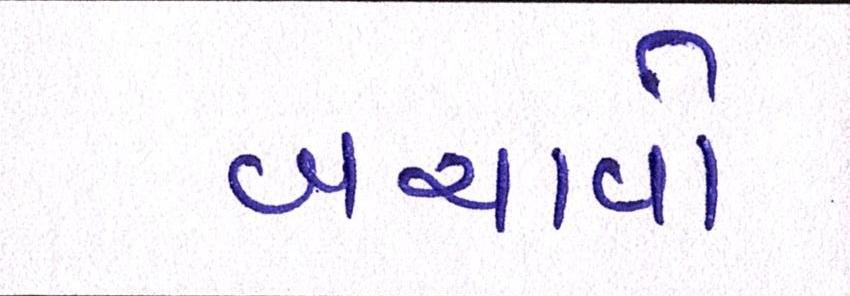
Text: બચાવો